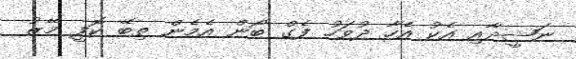
ނަޝީދާއި އެކު އެހާ ދުވަހު ފެގް ބޯން އެމެން ތިބޭ ކޮފީ މޭޒު